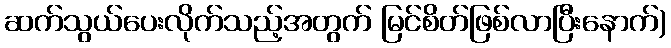
ဆက်သွယ်ပေးလိုက်သည့်အတွက် မြင်စိတ်ဖြစ်လာပြီးနောက်)